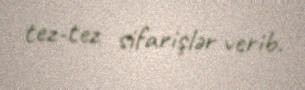
tez-tez sifarişlər verib.